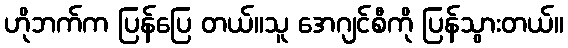
ဟိုဘက်က ပြန်ပြေ တယ်။သူ အေဂျင်စီကို ပြန်သွားတယ်။